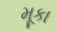
મૂકા